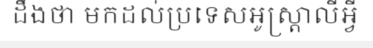
ដឹងថា មកដល់ប្រទេសអូស្ត្រាលីអ្វី